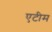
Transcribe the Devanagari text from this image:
एटीम